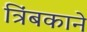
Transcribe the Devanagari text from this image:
त्रिंबकाने